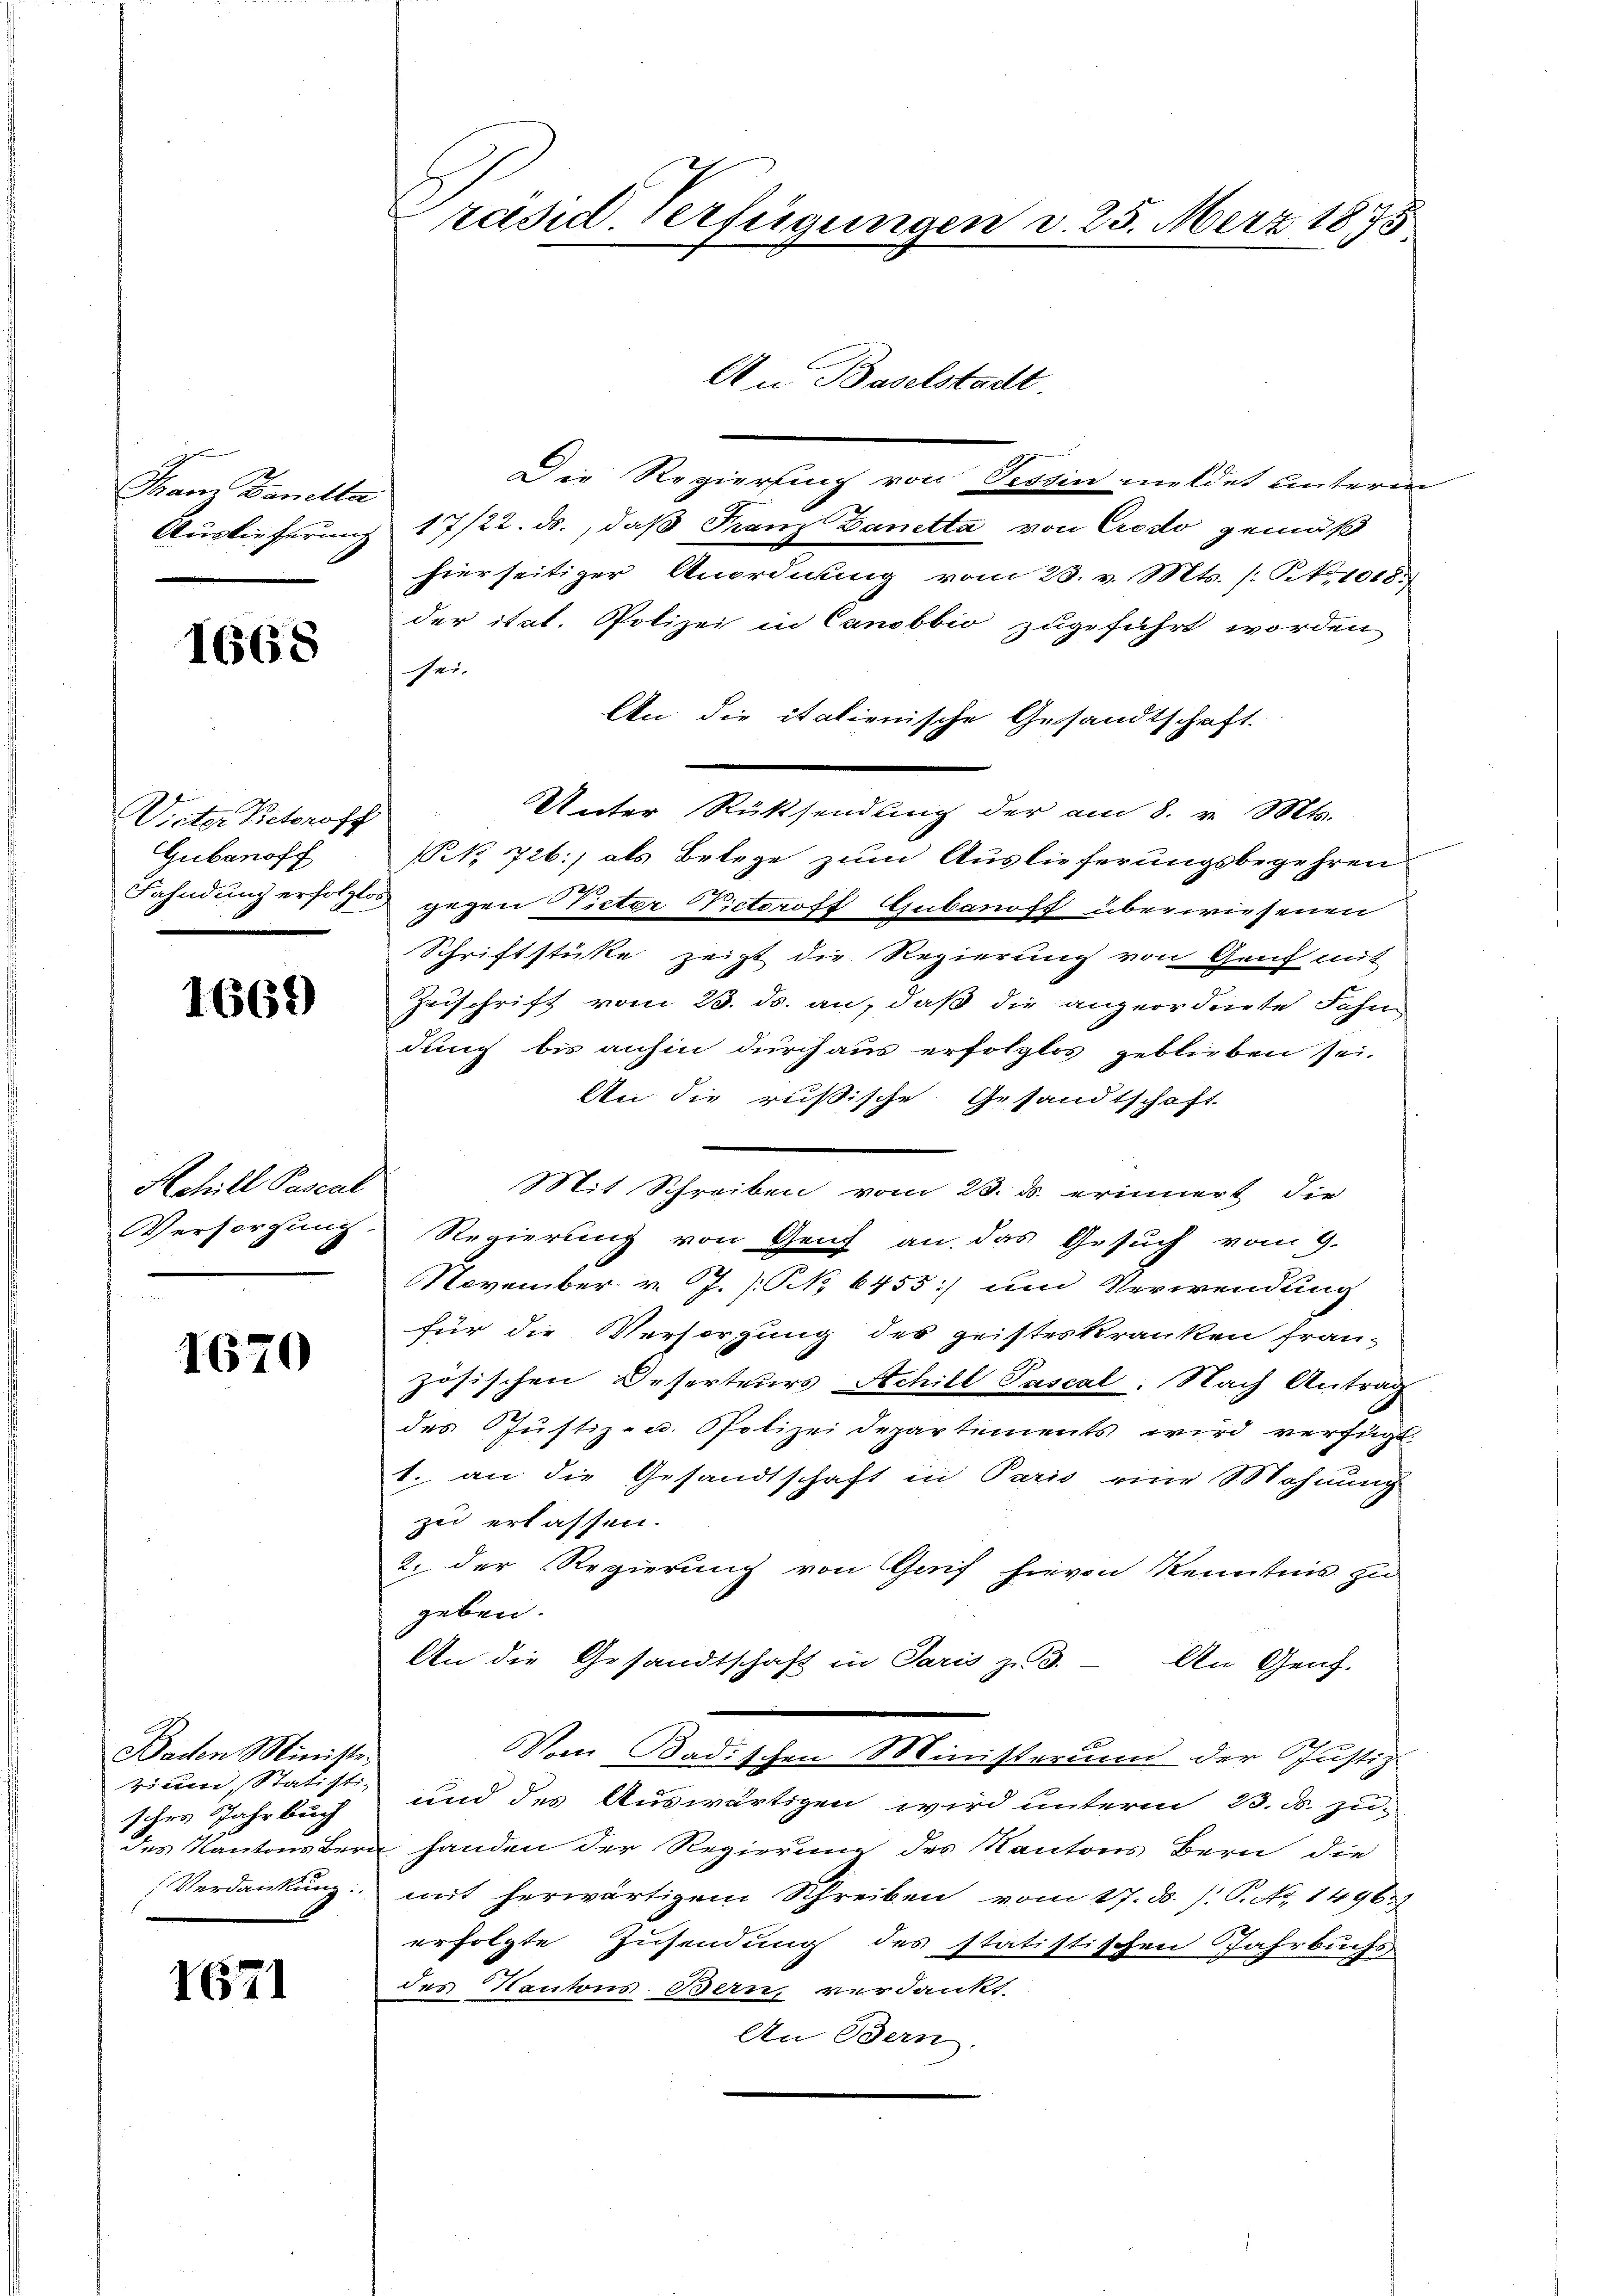
Mam Bandta
Auslieferung

1668

Wicter Betroff
Gubanoff
Fahndung erfolglos,

1669

Hchill Pascal
Versorgung.

1670

Baden Minister
rium Statisti-
sches Jahrbuch
des Kantons Beri
Verdankung.

1621

Präsid. Verfügungen d. 25. März 1875.

An Baselstadt.
Die Regierung von Tessin meldet unterm
17/22. ds., daß Franz Danetta von Credo gemäß
hierseitiger Anordnung vom 28. v. Mts. /: No 1015.
der itat. Polizei in Canobbio zugeführt worden
sei.
An die italienische Gesandtschaft.
Unter Rücksendung der am 8. v. Mts.
(RB. 726.) als Belege zum Auslieferungsbegehren
gegen Victer Victoroff Gubanoff überwiesenen
Schriftstüke zeigt die Regierung von Genf mit
Zeischrift vom 23. ds. an, daß die angeordnete Fahn
dung bis anhin durch aus erfolglos geblieben sei.
An die rusische Gesandtschaft.
Mit Schreiben vom 23. ds. erinnert, die
Regierung von Genf an das Gesuch vom 9.
November v. J. NNo. 6455] um Verwendung
für die Versorgung des geisteskranken fran-
zösischen Deserteurs Achill Pascal. Nach Antrag
des Justiz- u. Polizeidepartements wird verfügt:
1. an die Gesandtschaft in Paris eine Wohnung
zu erlassen.
2. der Regierung von Gaif hievon Kenntnis zu
geben.
An die Gesandtschaft in Paris zu 3. An Genf.
Vom Badischen Ministerum der Justiz
und des Auswärtigen wird unterm 23. B. zu-
handen der Regierung des Kantons Bern die
mit herwärtigem Schreiben vom 17. ds. /: P. Nr. 1496.
erfolgte Zusendung des statistischen Jahrbuchs
des Kantons Bern, verdankt,
An Bern